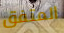
المتفق